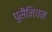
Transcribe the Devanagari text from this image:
पुसैनियन